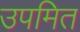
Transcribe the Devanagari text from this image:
उपमित